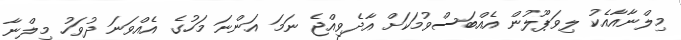
މިލްނާއާއެކު ލިވަޕޫލުން އެއްބަސްވުމަކަށް އާދެވިއްޖެ ނަމަ އަންނަ މަހުގެ އެއްވަނަ ދުވަހު މިލްނާ